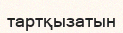
тартқызатын